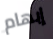
إبهام